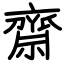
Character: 齋